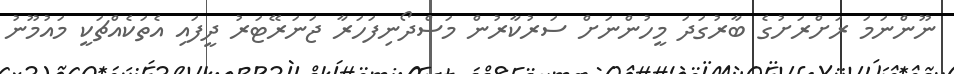
ނޫންނަމަ ރަށްރަށުގެ ބާރުގަދަ މީހުންނަށް ސަރުކާރުން މަސްދޯނިފަހަރާ ޖަނަރޭޓަރު ދީފައި އެތަކެއްޗަކީ މައުމޫނު